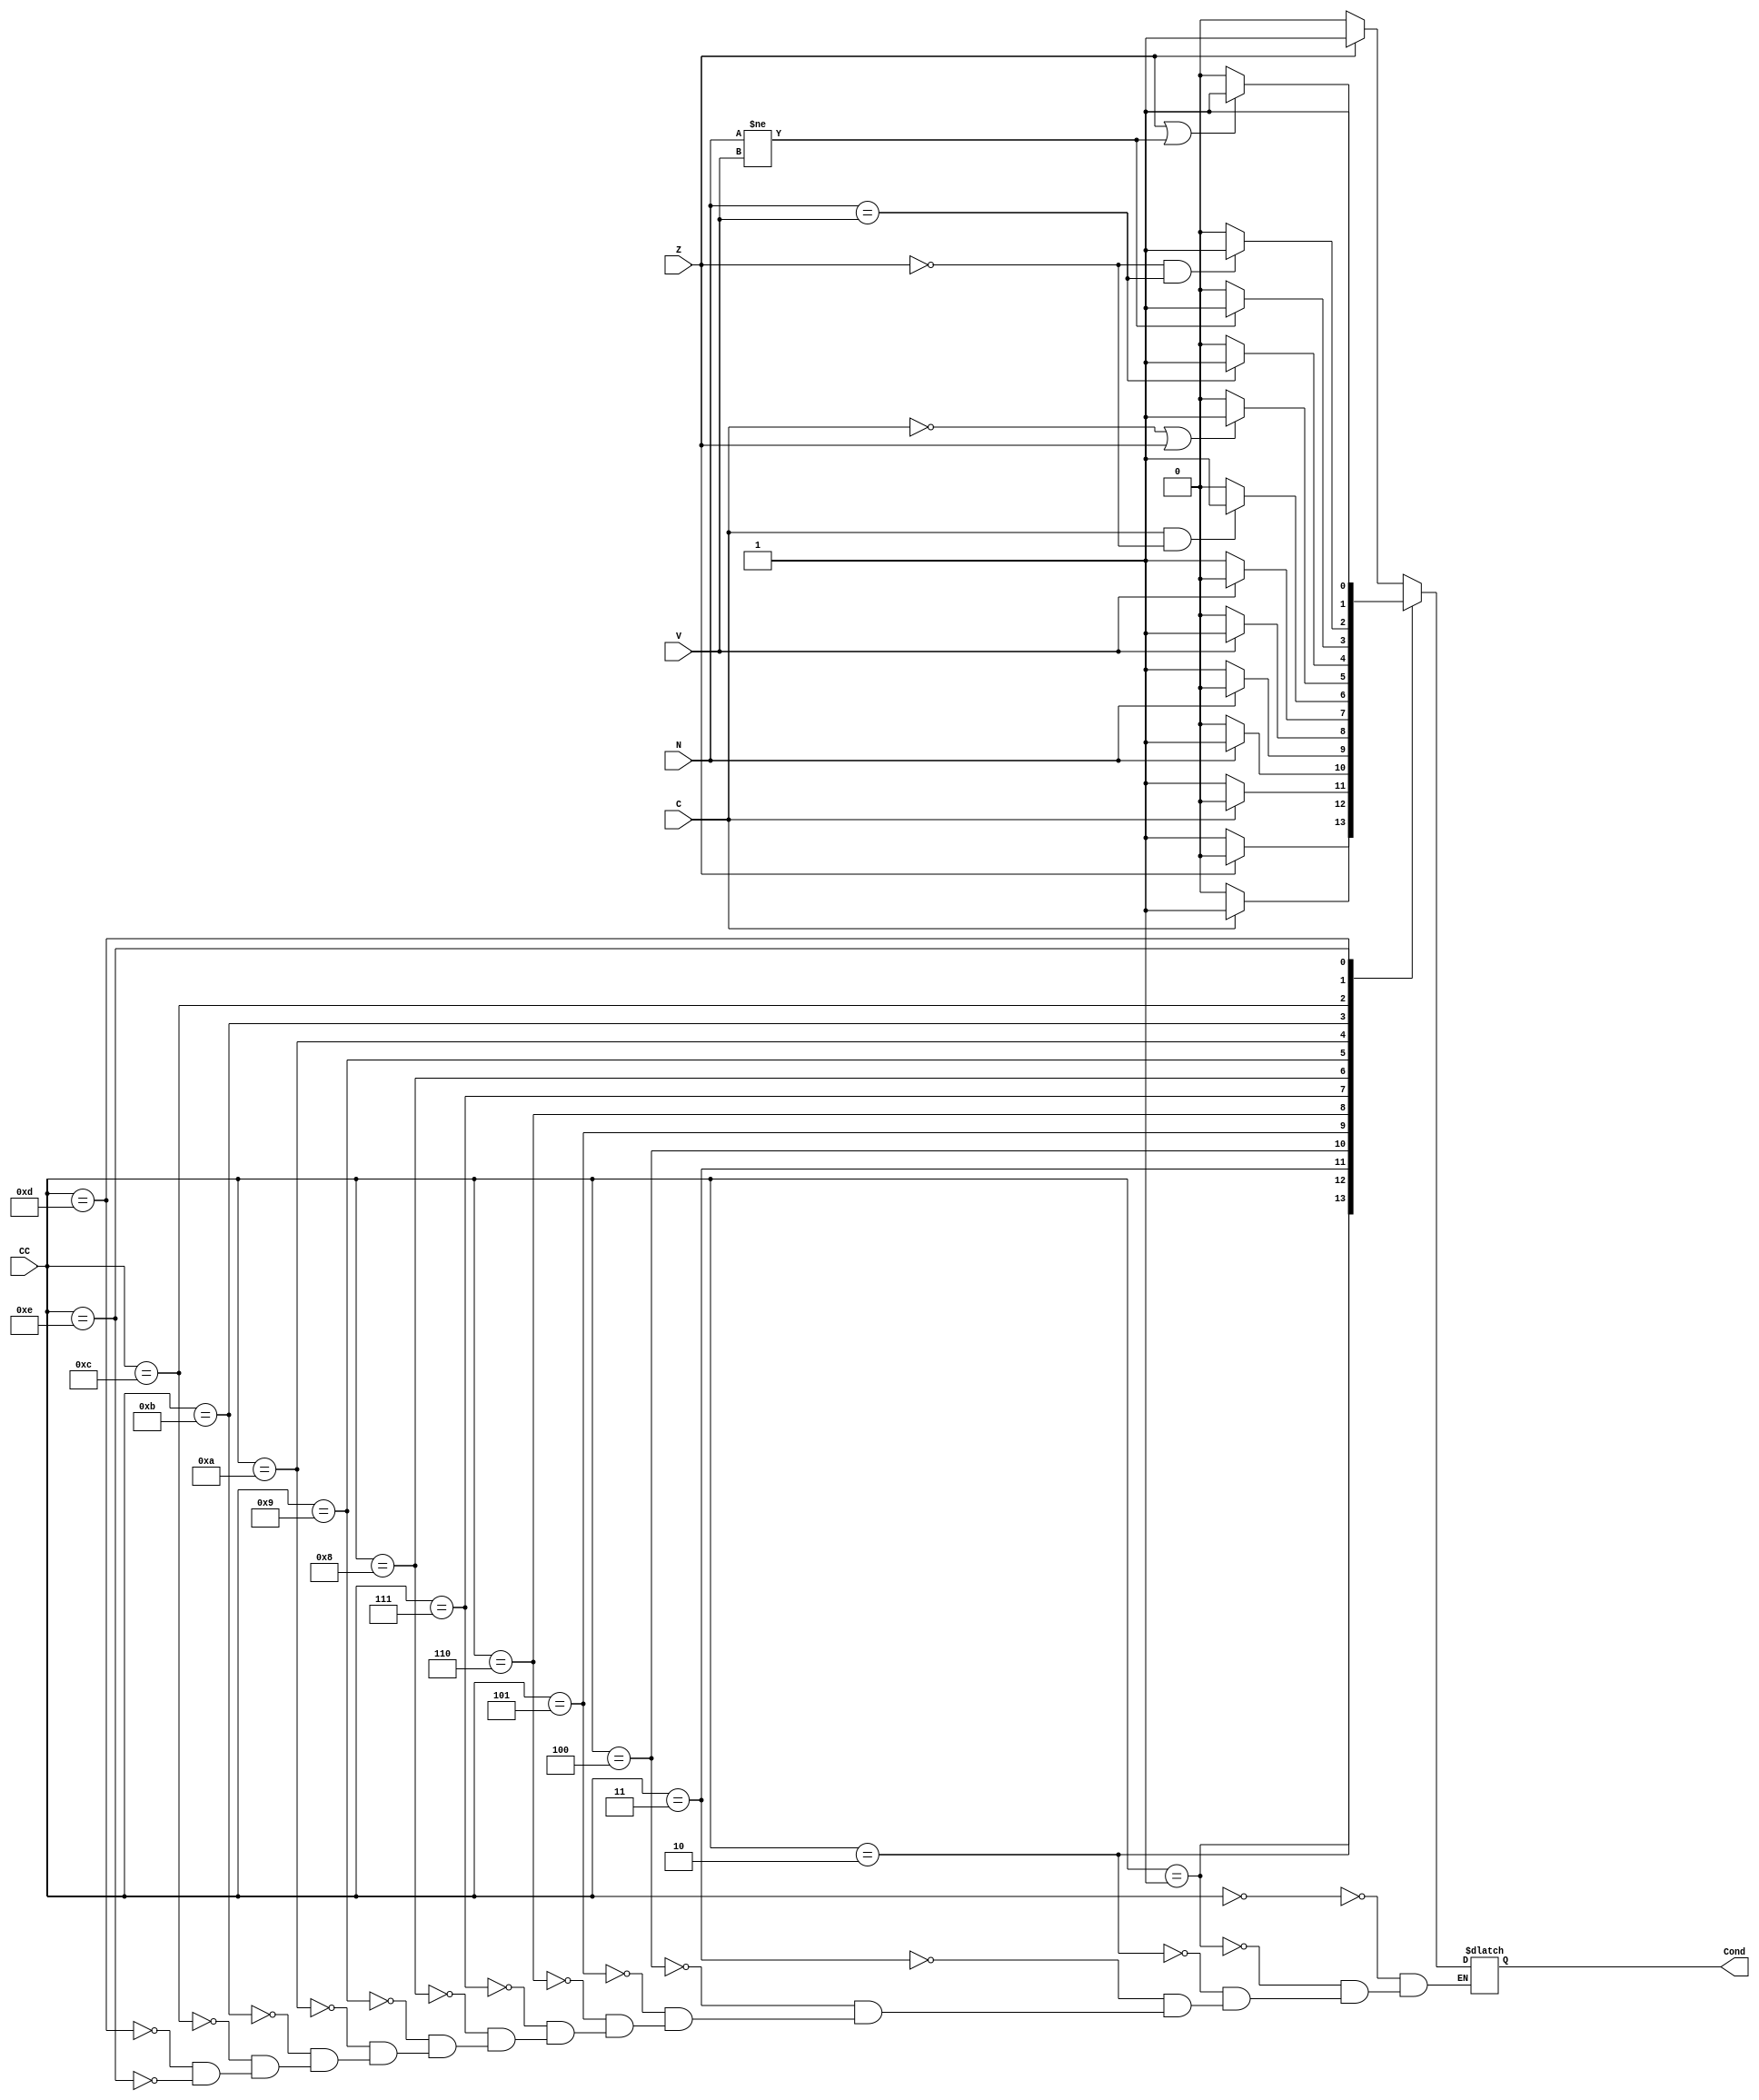
/*32-bit ARM Condition tester Module. Behavioral Description.
	By: Maria Jimenez 
	Description: This program describes the behaviour of an ARM Condition Tester
	The signals in this software are:
		Outputs:
			1. Cond== Condition status bit to control unit 
		Inputs:
			1. Zin== Zero flag from flag register
			2. Nin== Negative flag from ALU
			3. Cin== Carry flag from ALU
			4. Vin== Overflow flag from ALU
			5. CC== Condition code taken from most significant nibble of instruction 
	The program returns condition result and sends control bit to control unit.
*/

module Condition_Tester(output reg Cond, input N, Z, C, V, input [3:0]CC);
		
	always @(N, Z, C, V, CC)
	begin 
		case(CC)
			
			4'b0000:	//Equal
				if(Z)
					Cond=1;
				else
					Cond=0;
						
			4'b0001:	//Not Equal 
				if(Z==0)
					Cond=1;
				else
					Cond=0;
						
			4'b0010:	//Unsigned higher or same
				if(C)
					Cond=1;
				else
					Cond=0;
					
			4'b0011:	//Unsigned lower
				if(C==0)
					Cond=1;
				else
					Cond=0;
					
			4'b0100:	//Minus
				if(N)
					Cond=1;
				else
					Cond=0;
					
			4'b0101:	//Positive or zero
				if(N==0)
					Cond=1;
				else
					Cond=0;
	
			4'b0110:	//Overflow
				if(V)
					Cond=1;
				else
					Cond=0;
	
			4'b0111:	//No overflow
				if(V==0)
					Cond=1;
				else
					Cond=0;
	
			4'b1000:	//Unsigned higher
				if(C==1 & Z==0)
					Cond=1;
				else
					Cond=0;	
			
			4'b1001:	//Unsigned lower or same
				if(C==0 | Z==1)
					Cond=1;
				else
					Cond=0;	
			
			4'b1010:	//Greater or equal
				if(N==V)
					Cond=1;
				else
					Cond=0;	
			
			4'b1011:	//Less than
				if(N!=V)
					Cond=1;
				else
					Cond=0;
			
			4'b1100:	//Greater than
				if(Z==0 & N==V)
					Cond=1;
				else
					Cond=0;
			
			4'b1101:	//Less than or equal
				if(Z==1 | N!=V)
					Cond=1;
				else
					Cond=0;
	
			4'b1110:// Always
					Cond=1;

			
		endcase
		
	end
endmodule